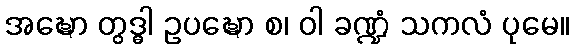
အဍ္ဎော တွဒ္ဓါ ဥပဍ္ဎော စ၊ ဝါ ခဏ္ဍံ သကလံ ပုမေ။